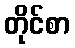
တိုင်စာ